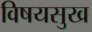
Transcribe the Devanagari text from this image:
विषयसुख